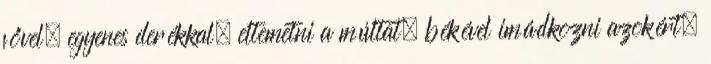
fővel, egyenes derékkal, eltemetni a múltat, békével imádkozni azokért,